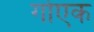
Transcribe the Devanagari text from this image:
गोएक